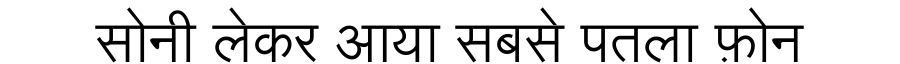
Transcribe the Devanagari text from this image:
सोनी लेकर आया सबसे पतला फ़ोन